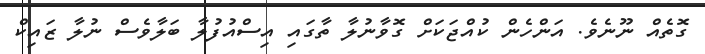
ގޮތެއް ނޫނެވެ. އަންހެން ކުއްޖަކަށް ގޮވާނުލާ ތާގައި އިސްއުފުލާ ބަލާވެސް ނުލާ ޒައިކް